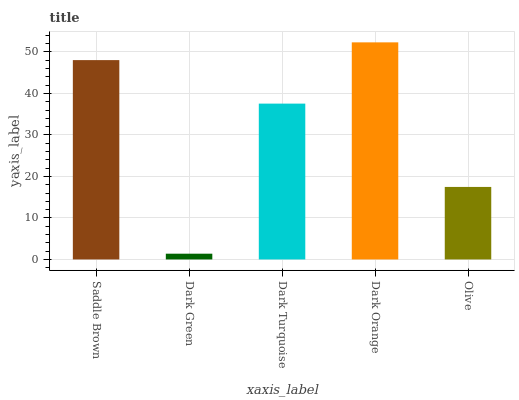
| xaxis_label | bars |
 | --- | --- |
 | Saddle Brown | 48 |
 | Dark Green | 1.39 |
 | Dark Turquoise | 37.6 |
 | Dark Orange | 52.3 |
 | Olive | 17.5 |